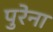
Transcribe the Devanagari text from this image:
पुरेना